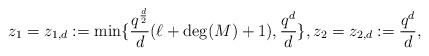
LaTeX: \begin{align*}z_1 = z_{1,d}:= \min\{\frac{q^{\frac{d}{2}}}{d} (\ell+\deg(M)+1),\frac{q^{d}}{d}\}, z_2= z_{2,d}:=\frac{q^d}{d},\end{align*}